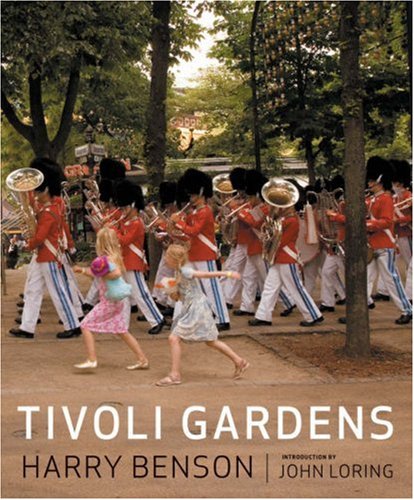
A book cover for Tivoli Gardens; Travel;